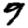
Digit: 9